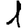
Digit: 1